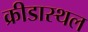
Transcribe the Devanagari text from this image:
क्रीडास्थल